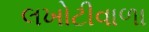
લખોટીવાળા